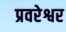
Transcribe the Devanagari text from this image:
प्रवरेश्वर